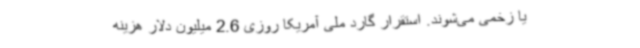
یا زخمی می‌شوند. استقرار گارد ملی آمریکا روزی 2.6 میلیون دلار هزینه